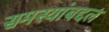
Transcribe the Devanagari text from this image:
समस्यांबद्दल